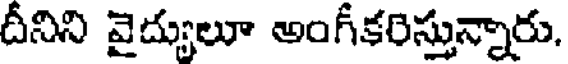
దీనిని వైద్యులూ అంగీకరిస్తున్నారు.